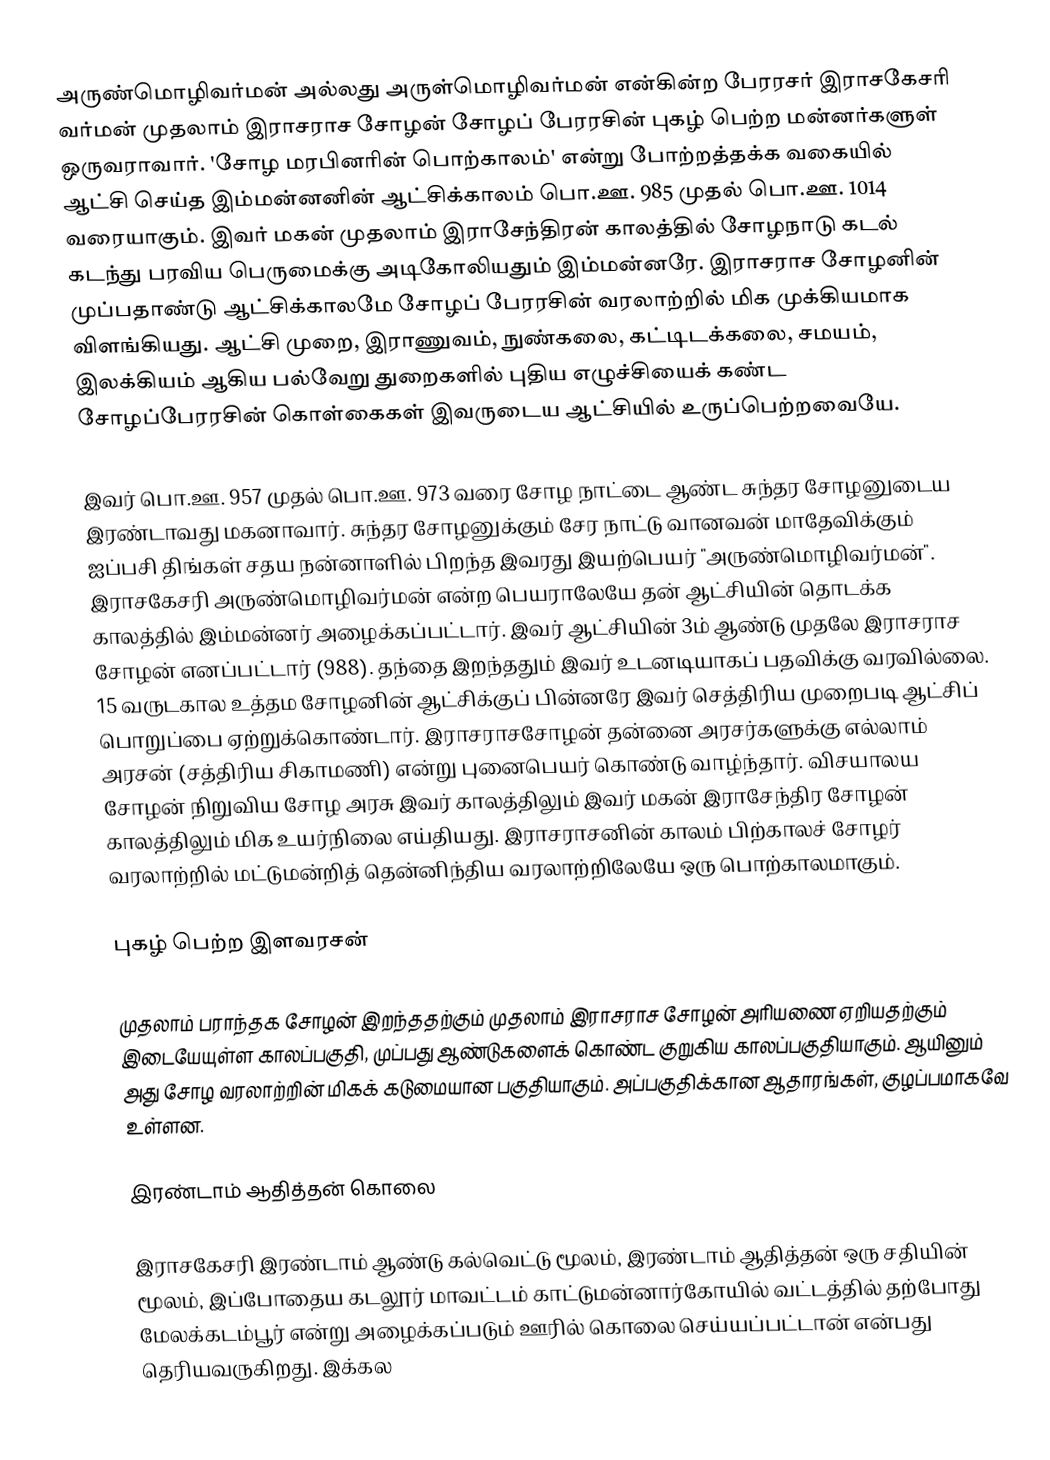
அருண்மொழிவர்மன் அல்லது அருள்மொழிவர்மன் என்கின்ற பேரரசர் இராசகேசரி வர்மன்  முதலாம் இராசராச சோழன் சோழப் பேரரசின் புகழ் பெற்ற மன்னர்களுள் ஒருவராவார். 'சோழ மரபினரின் பொற்காலம்' என்று போற்றத்தக்க வகையில் ஆட்சி செய்த இம்மன்னனின் ஆட்சிக்காலம் பொ.ஊ. 985 முதல் பொ.ஊ. 1014 வரையாகும். இவர் மகன் முதலாம் இராசேந்திரன் காலத்தில் சோழநாடு கடல் கடந்து பரவிய பெருமைக்கு அடிகோலியதும் இம்மன்னரே. இராசராச சோழனின் முப்பதாண்டு ஆட்சிக்காலமே சோழப் பேரரசின் வரலாற்றில் மிக முக்கியமாக விளங்கியது. ஆட்சி முறை, இராணுவம், நுண்கலை, கட்டிடக்கலை, சமயம், இலக்கியம் ஆகிய பல்வேறு துறைகளில் புதிய எழுச்சியைக் கண்ட சோழப்பேரரசின் கொள்கைகள் இவருடைய ஆட்சியில் உருப்பெற்றவையே.

இவர் பொ.ஊ. 957 முதல் பொ.ஊ. 973 வரை சோழ நாட்டை ஆண்ட சுந்தர சோழனுடைய இரண்டாவது மகனாவார். சுந்தர சோழனுக்கும் சேர நாட்டு வானவன் மாதேவிக்கும் ஐப்பசி திங்கள் சதய நன்னாளில் பிறந்த இவரது இயற்பெயர் "அருண்மொழிவர்மன்". இராசகேசரி அருண்மொழிவர்மன் என்ற பெயராலேயே தன் ஆட்சியின் தொடக்க காலத்தில் இம்மன்னர் அழைக்கப்பட்டார். இவர் ஆட்சியின் 3ம் ஆண்டு முதலே இராசராச சோழன் எனப்பட்டார் (988). தந்தை இறந்ததும் இவர் உடனடியாகப் பதவிக்கு வரவில்லை. 15 வருடகால உத்தம சோழனின் ஆட்சிக்குப் பின்னரே இவர் செத்திரிய முறைபடி ஆட்சிப் பொறுப்பை ஏற்றுக்கொண்டார். இராசராசசோழன் தன்னை அரசர்களுக்கு எல்லாம் அரசன் (சத்திரிய சிகாமணி) என்று புனைபெயர் கொண்டு வாழ்ந்தார். விசயாலய சோழன் நிறுவிய சோழ அரசு இவர் காலத்திலும் இவர் மகன் இராசேந்திர சோழன் காலத்திலும் மிக உயர்நிலை எய்தியது. இராசராசனின் காலம் பிற்காலச் சோழர் வரலாற்றில் மட்டுமன்றித் தென்னிந்திய வரலாற்றிலேயே ஒரு பொற்காலமாகும்.

புகழ் பெற்ற இளவரசன்

முதலாம் பராந்தக சோழன் இறந்ததற்கும் முதலாம் இராசராச சோழன் அரியணை ஏறியதற்கும் இடையேயுள்ள காலப்பகுதி, முப்பது ஆண்டுகளைக் கொண்ட குறுகிய காலப்பகுதியாகும். ஆயினும் அது சோழ வரலாற்றின் மிகக் கடுமையான பகுதியாகும். அப்பகுதிக்கான ஆதாரங்கள், குழப்பமாகவே உள்ளன.

இரண்டாம் ஆதித்தன் கொலை

இராசகேசரி இரண்டாம் ஆண்டு கல்வெட்டு மூலம், இரண்டாம் ஆதித்தன் ஒரு சதியின் மூலம், இப்போதைய கடலூர் மாவட்டம் காட்டுமன்னார்கோயில் வட்டத்தில் தற்போது மேலக்கடம்பூர் என்று அழைக்கப்படும் ஊரில் கொலை செய்யப்பட்டான் என்பது தெரியவருகிறது. இக்கல